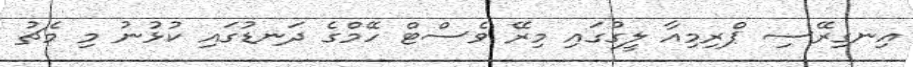
އިނގިރޭސި ޕްރިމިއާ ލީގުގައި މިރޭ ވެސްޓް ހޭމްގެ ދަނޑުގައި ކުޅުނު މި މެޗު